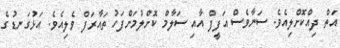
އަތް ދިއްކޮށްލިއެވެ. ސަނާވެސް އަފީފް އާއި ސަލާމް ކޮށްލުމަށްފަހު ތައާރަފް ވެލިއެވެ. އަޅުގަނޑުގެ